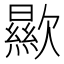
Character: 歞